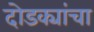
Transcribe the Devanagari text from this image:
दोडक्यांचा